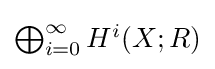
{\textstyle \bigoplus _{i=0}^{\infty }H^{i}(X;R)}